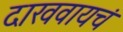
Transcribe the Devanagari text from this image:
दाखवायचं